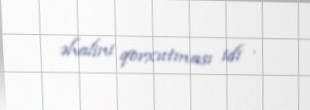
əhalini qorxutması idi .